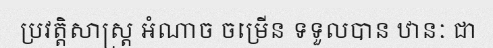
ប្រវត្តិសាស្ត្រ អំណាច ចម្រើន ទទួលបាន ឋានៈ ជា